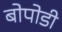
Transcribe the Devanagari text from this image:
बोपोडी